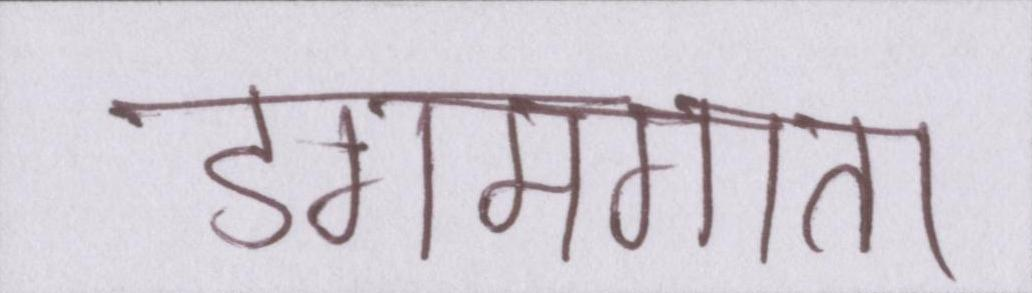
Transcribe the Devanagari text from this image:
डगमगाता